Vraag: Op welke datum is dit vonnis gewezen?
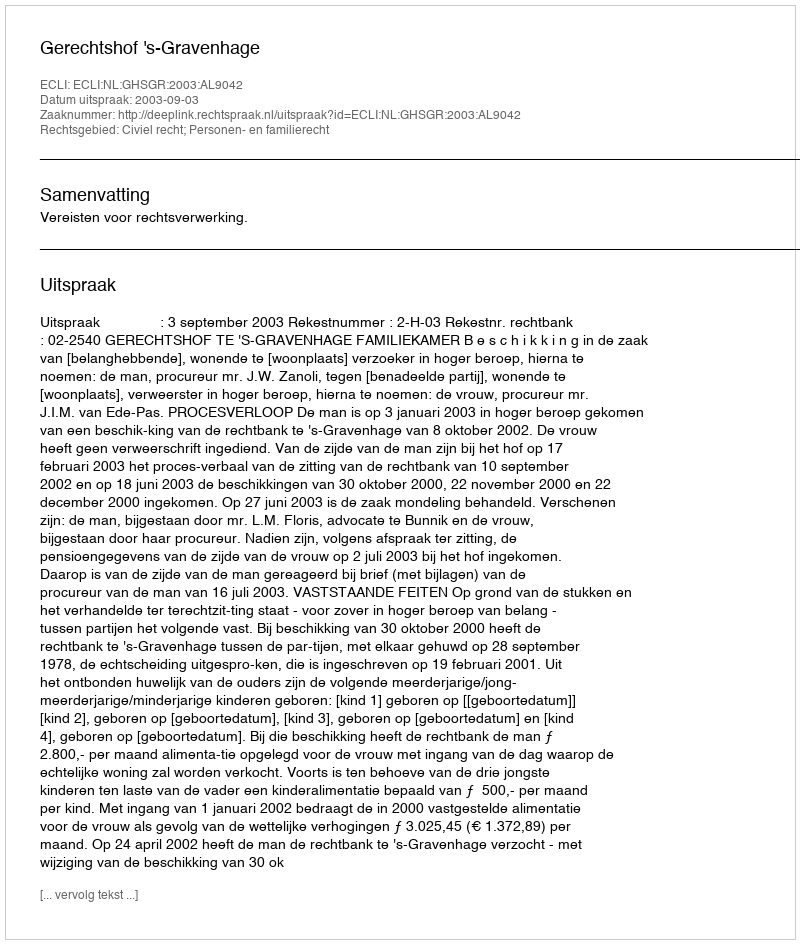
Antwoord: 2003-09-03